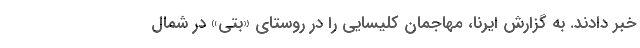
خبر دادند. به گزارش ایرنا، مهاجمان کلیسایی را در روستای «بتی» در شمال